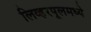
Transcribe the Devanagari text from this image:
लिव्हरपूलमध्ये